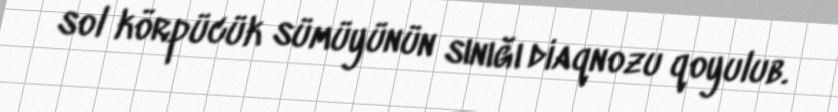
sol körpücük sümüyünün sınığı diaqnozu qoyulub.